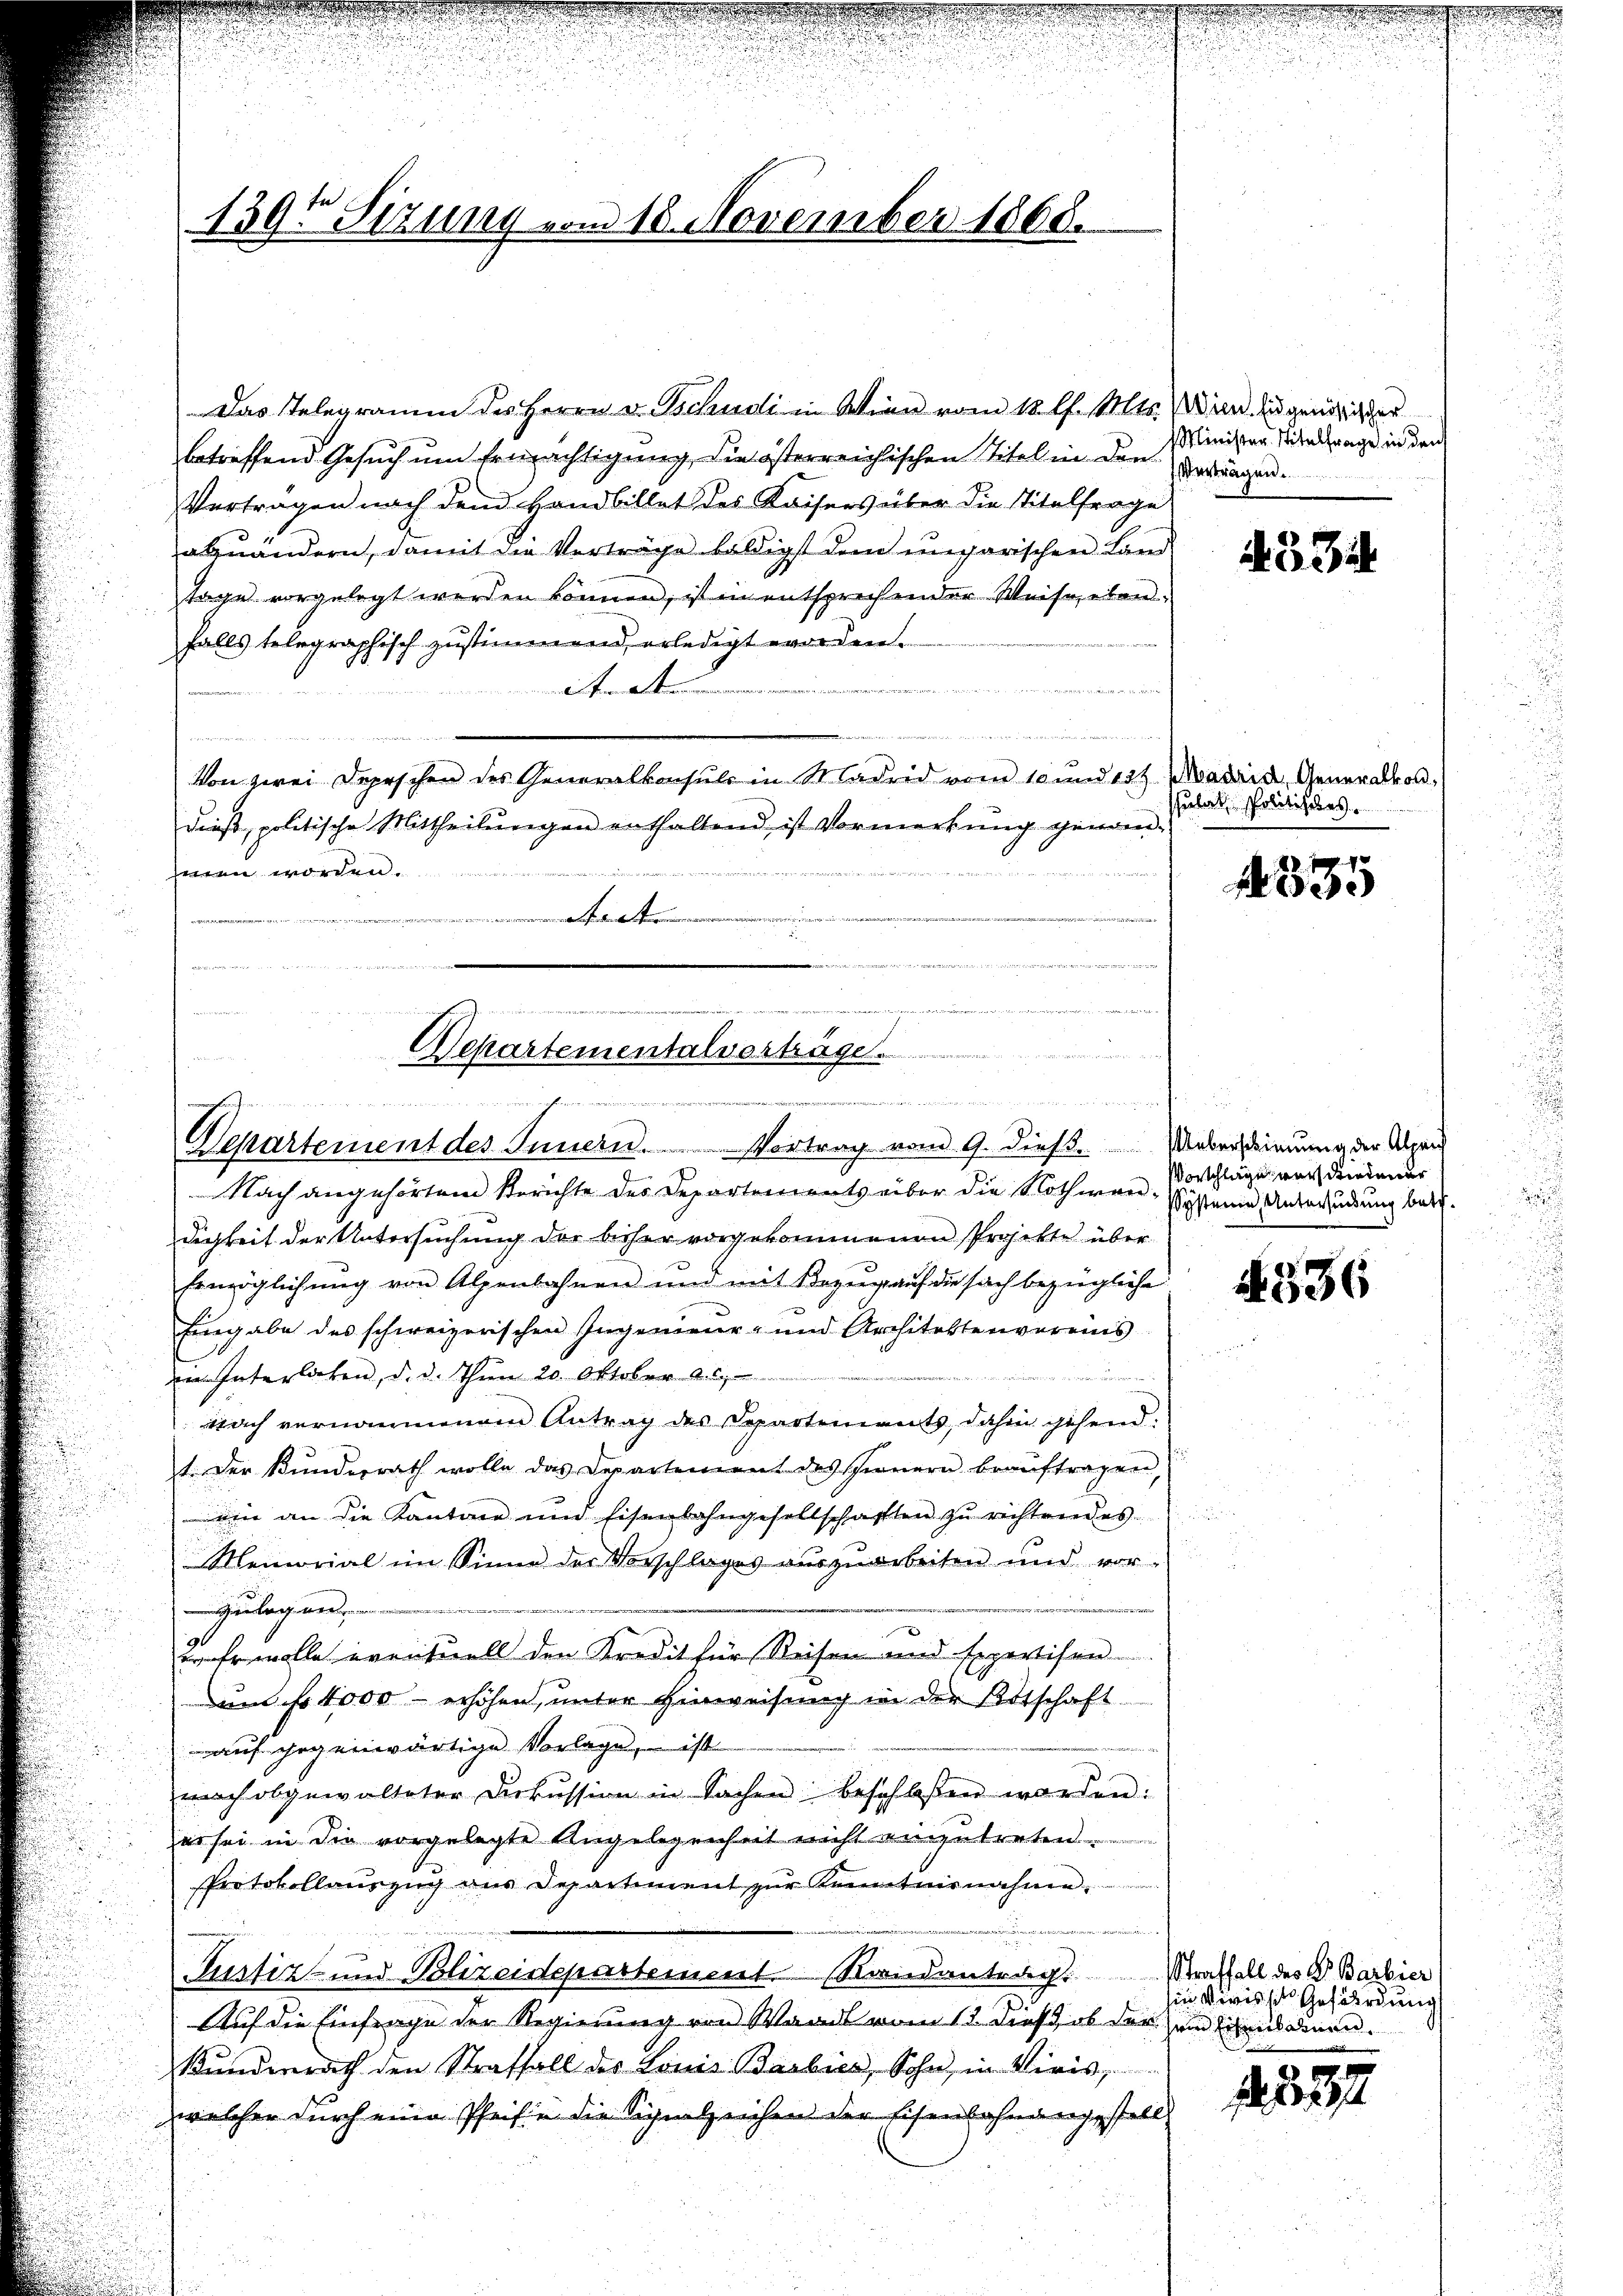
139 Sizung vom 18. November 1868.

Das Telegramm des Herrn v. Tschudi in Wien vom 10. l. Mts. Wien zu genössiger
betreffend Gesuch um Ermächtigung, die österreichischen Titel in den
Verträgen nach den Handbillet des Kaisers über die Titelfrage
abzuändern, damit die Verträge baldigst dem ungarischen Land
tage vorgelegt werden können, ist in entsprechender Weise, eben
falls telegraphisch zustimmend erledigt worden.

tmate

i
Von zwei Depeschen des Generalkonsuls in Madrid vom 10 und 15 t Madrid, Generalkondieβ, politische Mittheilŭngen enthaltend ist Vormerkŭng genom-
senen worden.
.
......................
e

sdenn diesen werden der ande vorhand gerade wegen
.
i
r

Separtementalverträge.
n
efreien, un

Departement des Innern. Vortrag vom 9. dieß. Uebersinnung der Alpen

e

Nach angehörtem Berichte des Departements über die Nothwen- System Unterkundung betr.
dichkeit der Untersuchung der bisher vorgekommenen Projekte über
Ermöglichŭng von Alpenbahnen und mit Bezŭg aŭf die sach bezügliche
Eingabe des schweizerischen Ingenieur- und Architektenvereins
in Interliehen, d. d. Thun 20. Oktober 2
Nach vernommenem Antrag des Departements, dahin gehend:
1. Der Kunderrath wolle das Departement des Innern beaŭftragen,
 ein an die Kantone und Eisenbahngesellschaften zŭ richtendes
Memorial im Sinne der Vorschlages aŭszŭarbeiten und vor-
Zulagenden
Erwolle eventuell den Kredit für Reisen und Expertisen
um ihr 4000 - erhöhen, unter Hinweisung in der Botschaft
auf gegenwärtige Vorlage, – ist
nach obgewalteter Diskussion in Sachen beschloßen worden:
es sei in die vorgelegte Angelegenheit nicht einzutreten
Protokollauszug aus Departiment zŭr Kenntnisnahme.
.
ehende
Justiz- und Polizeisepartement. Randantrag traffall des Dr Barbier
Auf die Einfrage der Regierung von Waadt vom 13. dieß, ob der und diens dieen¬
Kundenrath den Straffall des Louis Barbier, Sohn, in Viris,
welcher durch eine Pfeife die Signalzeichen der Eisenbahnangestell

Minister Titelfrage in den
Verträgen.

4334

pulat, Politisches

2110
A

Vorschlage vor Friedener

536

in Niwisse Gefährdung

237